Civil Veterinary Dept. Bombay admin report 1923-31 - 1923-1931
Year: 1923
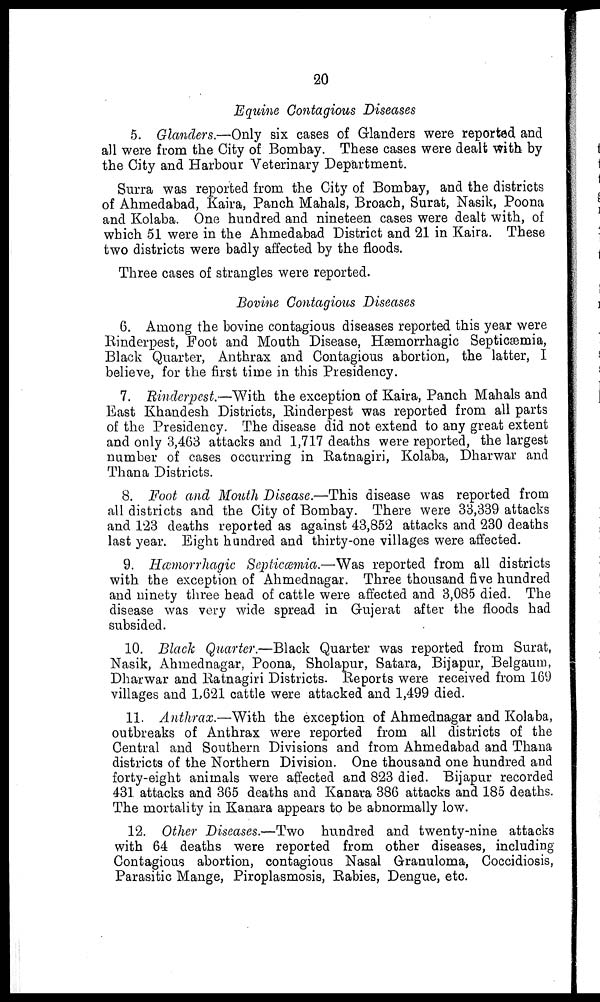
20
Equine Contagious Diseases
5. Glanders.—Only six cases of Glanders were reported and
all were from the City of Bombay. These cases were dealt with by
the City and Harbour Veterinary Department.
Surra was reported from the City of Bombay, and the districts
of Ahmedabad, Kaira, Panch Mahals, Broach, Surat, Nasik, Poona
and Kolaba. One hundred and nineteen cases were dealt with, of
which 51 were in the Ahmedabad District and 21 in Kaira. These
two districts were badly affected by the floods.
Three cases of strangles were reported.
Bovine Contagious Diseases
6. Among the bovine contagious diseases reported this year were
Rinderpest, Foot and Mouth Disease, Hæmorrhagic Septicæmia,
Black Quarter, Anthrax and Contagious abortion, the latter, I
believe, for the first time in this Presidency.
7. Rinderpest.—With the exception of Kaira, Panch Mahals and
East Khandesh Districts, Rinderpest was reported from all parts
of the Presidency. The disease did not extend to any great extent
and only 3,463 attacks and 1,717 deaths were reported, the largest
number of cases occurring in Ratnagiri, Kolaba, Dharwar and
Thana Districts.
8. Foot and Mouth Disease.—This disease was reported from
all districts and the City of Bombay. There were 33,339 attacks
and 123 deaths reported as against 43,852 attacks and 230 deaths
last year. Eight hundred and thirty-one villages were affected.
9. Hæmorrhagic Septicæmia.—Was reported from all districts
with the exception of Ahmednagar. Three thousand five hundred
and ninety three head of cattle were affected and 3,085 died. The
disease was very wide spread in Gujerat after the floods had
subsided.
10. Black Quarter.—Black Quarter was reported from Surat,
Nasik, Ahmednagar, Poona, Sholapur, Satara, Bijapur, Belgaum,
Dharwar and Ratnagiri Districts. Reports were received from 169
villages and 1,621 cattle were attacked and 1,499 died.
11. Anthrax.—With the exception of Ahmednagar and Kolaba,
outbreaks of Anthrax were reported from all districts of the
Central and Southern Divisions and from Ahmedabad and Thana
districts of the Northern Division. One thousand one hundred and
forty-eight animals were affected and 823 died. Bijapur recorded
431 attacks and 365 deaths and Kanara 386 attacks and 185 deaths.
The mortality in Kanara appears to be abnormally low.
12. Other Diseases.—Two hundred and twenty-nine attacks
with 64 deaths were reported from other diseases, including
Contagious abortion, contagious Nasal Granuloma, Coccidiosis,
Parasitic Mange, Piroplasmosis, Rabies, Dengue, etc.